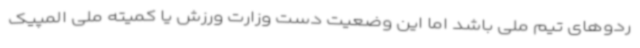
ردوهای تیم ملی باشد اما این وضعیت دست وزارت ورزش یا کمیته ملی المپیک